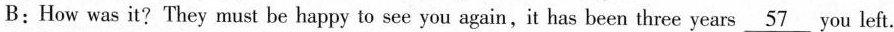
B:How was it? They must be happy to see you again,it has been three years\underline{57} you left.